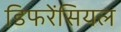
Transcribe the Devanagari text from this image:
डिफरेंसियल